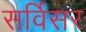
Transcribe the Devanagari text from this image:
सर्विसर